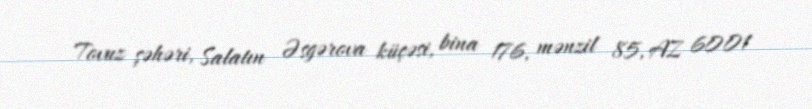
Tovuz şəhəri, Salatın Əsgərova küçəsi, bina 176, mənzil 85, AZ 6001